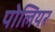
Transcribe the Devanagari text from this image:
पोलियर